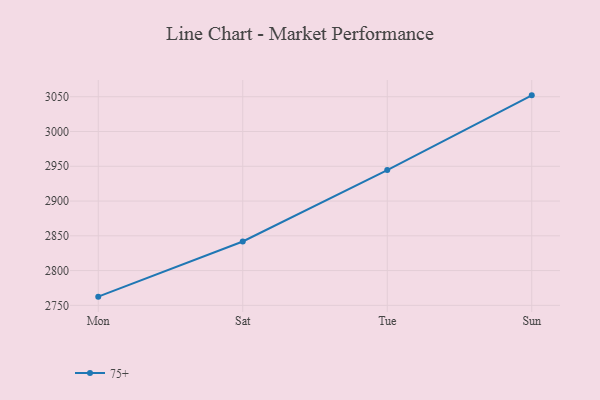
{"axis": {"x": "Day", "y": "Bounce Rate (%)"}, "legend": ["75+"], "data": [{"x": "Mon", "y": 2762.5, "type": "75+"}, {"x": "Sat", "y": 2841.8, "type": "75+"}, {"x": "Tue", "y": 2944.6, "type": "75+"}, {"x": "Sun", "y": 3052.0, "type": "75+"}]}